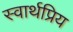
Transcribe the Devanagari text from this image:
स्वार्थप्रिय